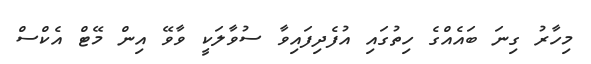
މިހާރު ގިނަ ބައެއްގެ ހިތުގައި އުފެދިފައިވާ ސުވާލަކީ ވާވޭ އިން މޭޓް އެކްސް